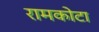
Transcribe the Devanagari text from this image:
रामकोटा